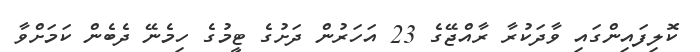
ކޮލިފައިންގައި ވާދަކުރާ ރާއްޖޭގެ 23 އަހަރުން ދަށުގެ ޓީމުގެ ހިމެނޭ ދެބެން ކަމަށްވާ